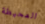
المحيطة